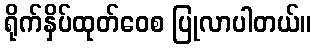
ရိုက်နှိပ်ထုတ်ဝေစ ပြုလာပါတယ်။